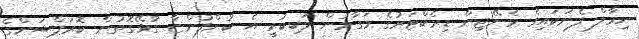
ނިމާލް ފެނަކައިގެ މެނޭޖިން ޑިރެކްޓަރުގެ މަގާމުން ވަކިކުރީ އެ ކުންފުންޏާ ގުޅޭގޮތުން ކޮރަޕްޝަންގެ